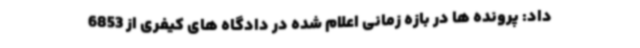
داد: پرونده ها در بازه زمانی اعلام شده در دادگاه های کیفری از 6853